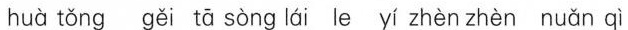
huà tǒng gěi tā sòng lái le yí zhèn zhèn nuǎn qì